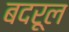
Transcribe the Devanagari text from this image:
बदरूल